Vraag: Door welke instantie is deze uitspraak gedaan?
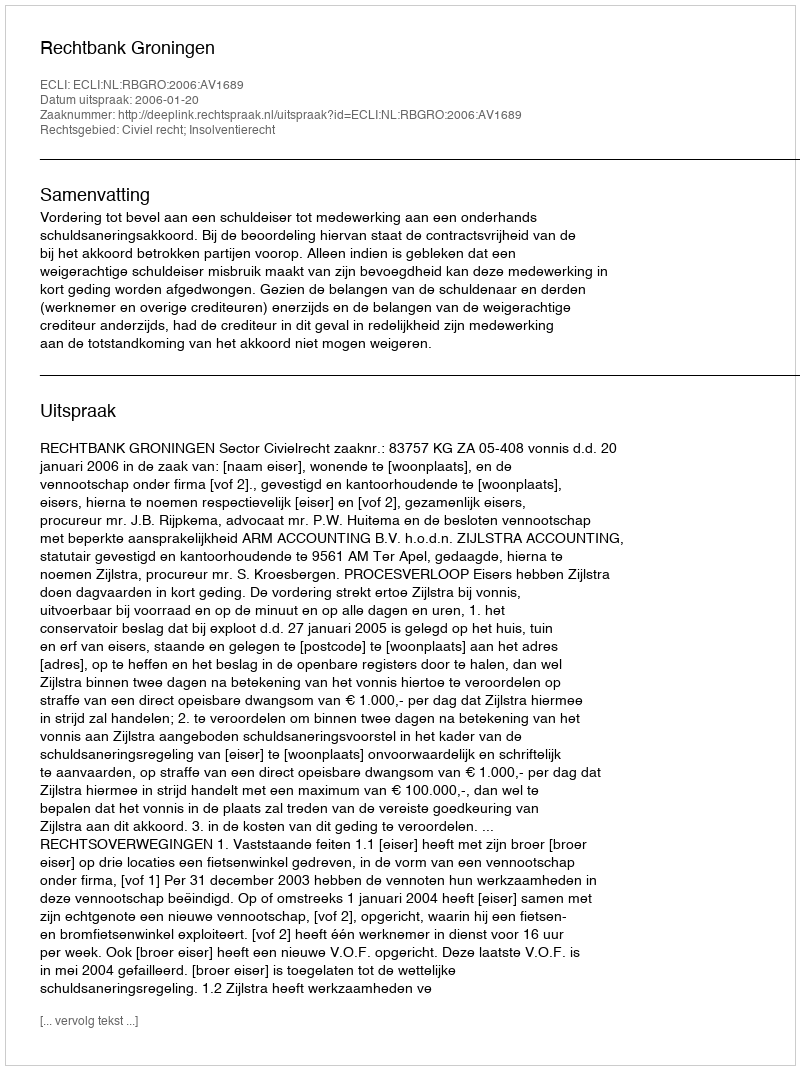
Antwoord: Rechtbank Groningen